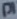
Text: D1